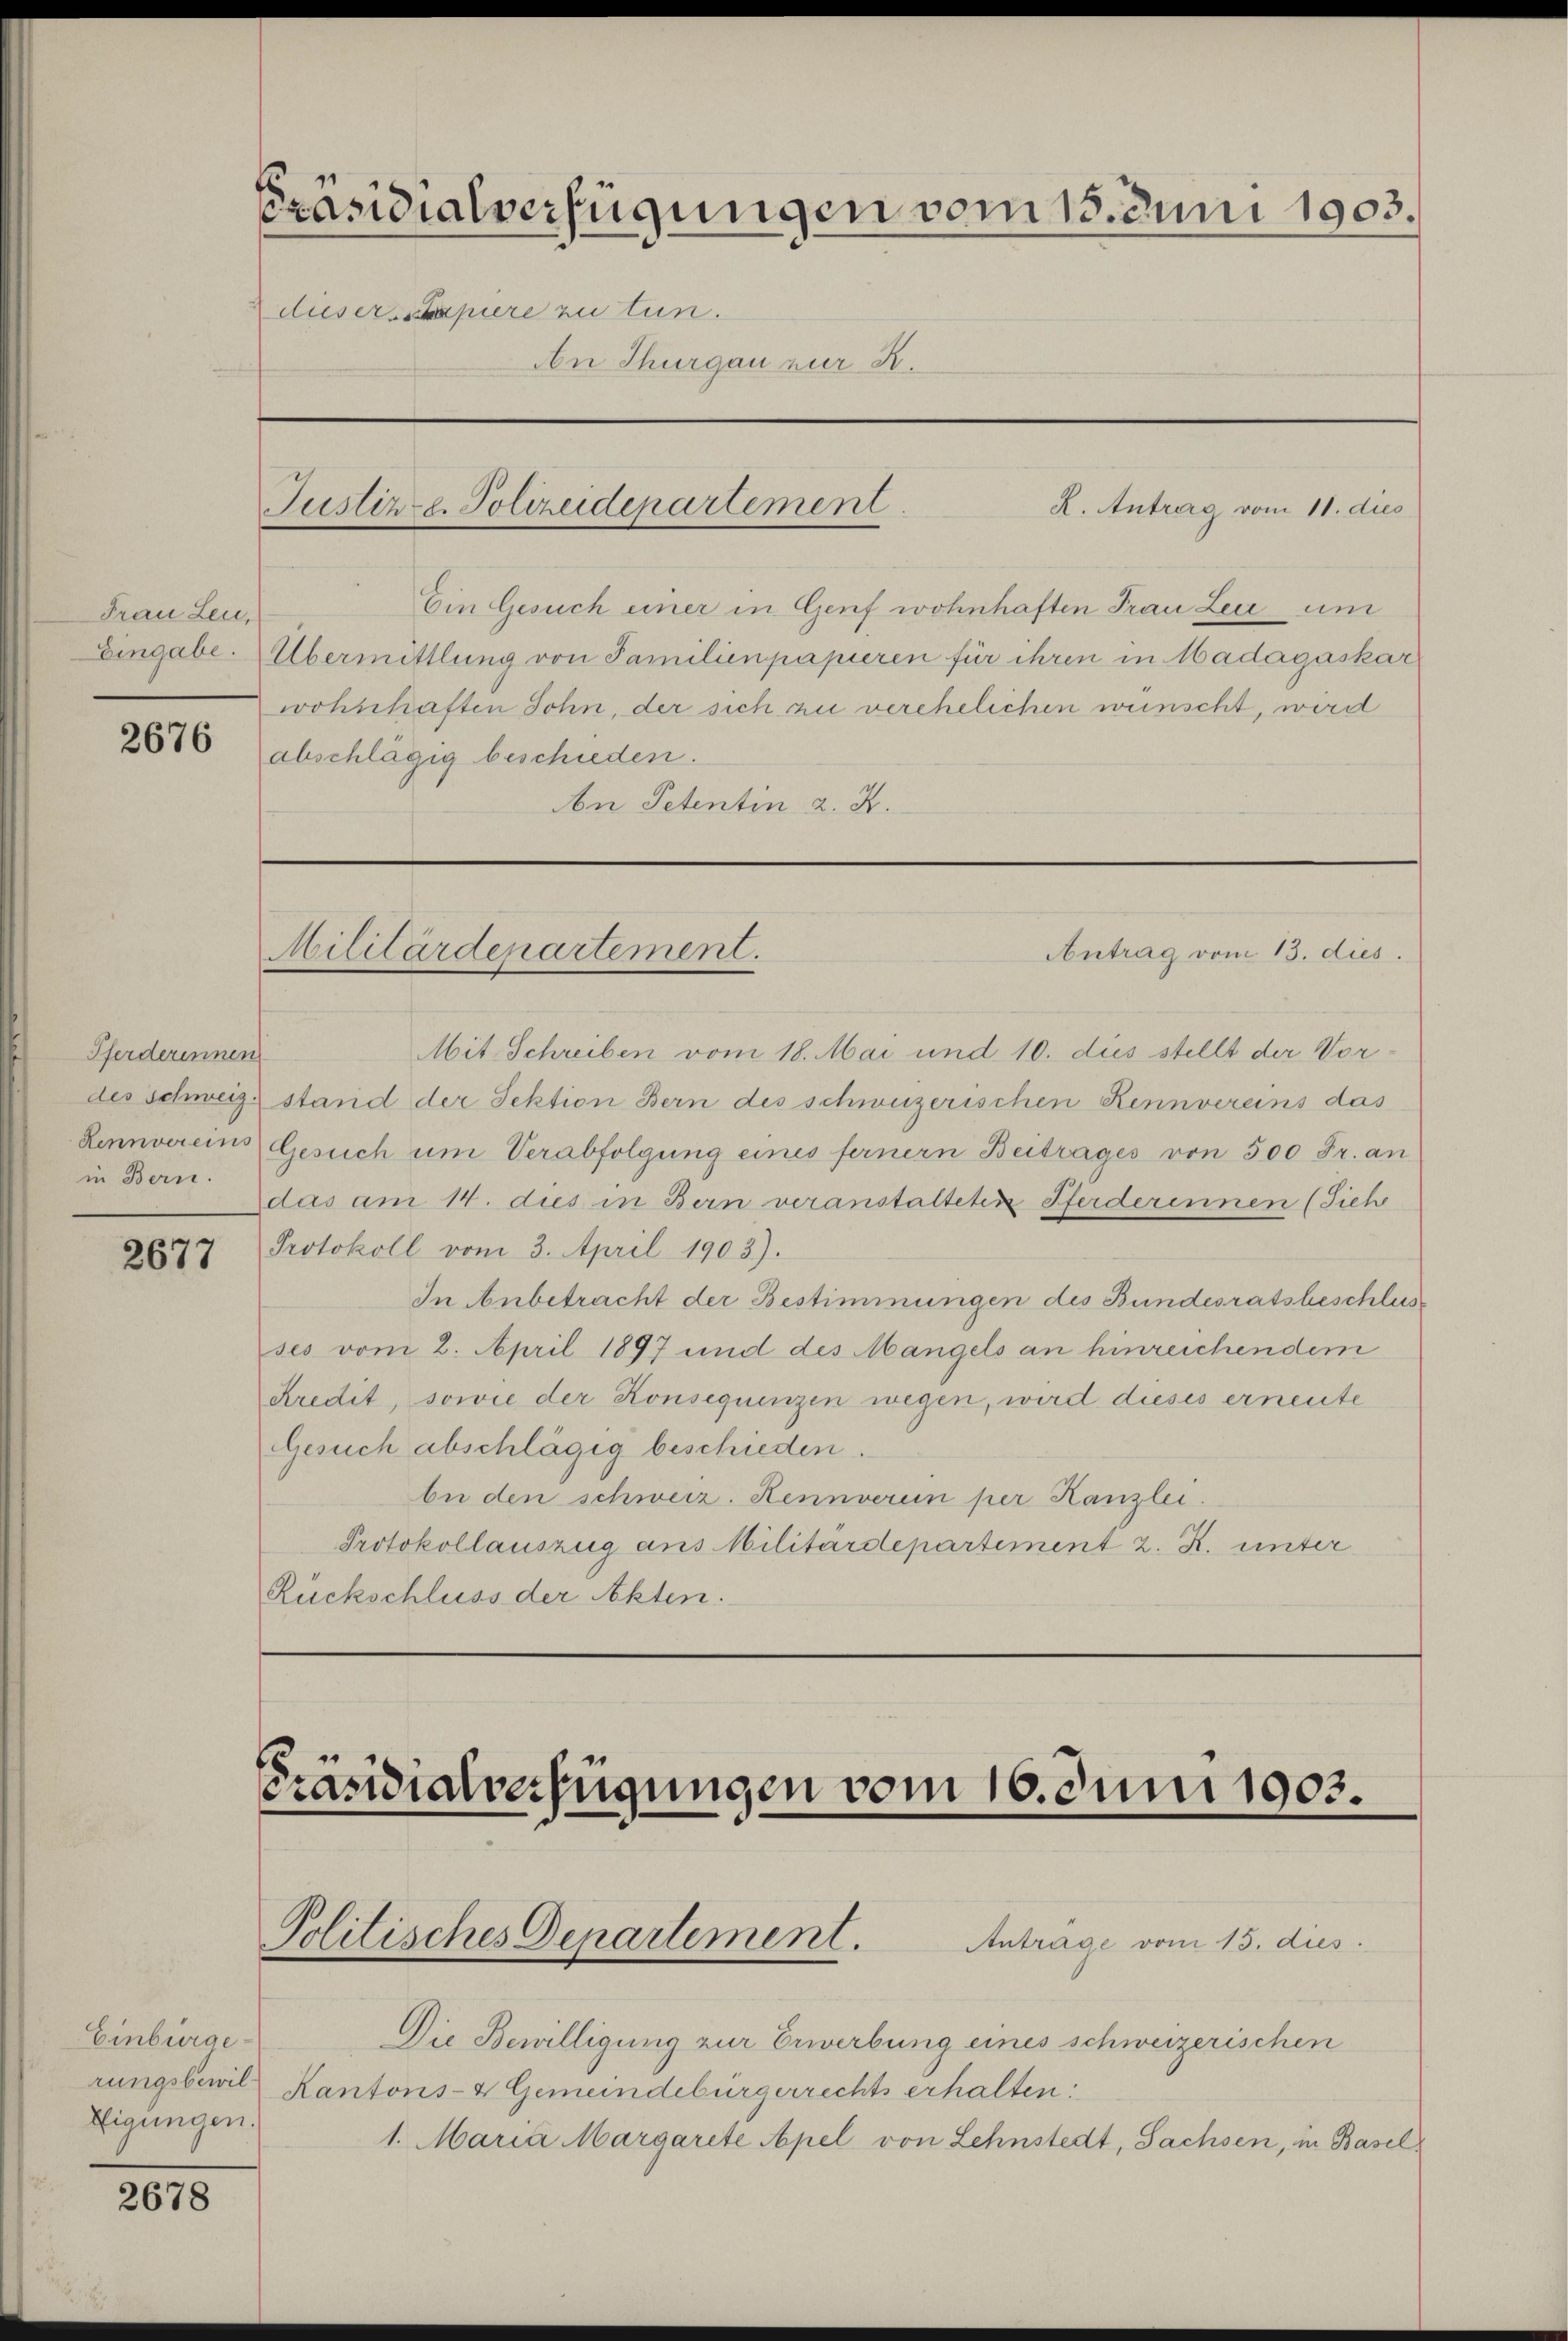
Frau Leu,
Eingabe.

2676

Pferderinnen
in Bern.

2677

Einbürge
rungsbewil
Eigungen.

2678

Präsidialverfügungen vom 15. Juni 1903.
dieserkapiere zu tun.
An Thurgau zur K.

Mit. Schreiben vom 18. Mai und 10. dies stellt der Vor-
des Schweiz stand der Sektion Bern des schweizerischen Kennvereins das
Lennvereins Gesuch um Verabfolgung eines fernern Beitrages von 500 Fr. an
das am 14. dies in Bern veranstalteten Pferderennen (Sieh
Protokoll vom 3. April 1903).
In Anbetracht der Bestimmungen des Bundesratsbeschlusses vom 2. April 1897 und des Mangels an hinreichendem
Kredit, sowie der Konsequenzen wegen, wird dieses erneute
Gesuch abschlägig beschieden.
be den schweiz. Hennverein per Kanzlei.
Protokollauszug aus Militärdepartement z. R. unter
Rückschluss der Akten.

Justiz- u. Polizeidepartement

Ein Gesuch einer in Genf wohnhaften Frau Leu um
Übermittlung von Familienpapieren für ihren in Madagaskar
wohnhaften Sohn, der sich zu verehelichen wünscht, wird
abschlägig beschieden.
An Petentin 2. X.

Militärdepartement.

Präsidialverfügungen vom 10. Juni 1903.

Politisches Departement.

Anträge vom 15. dies
Die Bewilligung zur Erwerbung eines schweizerischen
Kantons- & Gemeindebürgerrechts erhalten:
1. Maria Margarete Apel von Lehnstedt, Sachsen, in Basel

Antrag vom 13. dies.

K. Antrag vom 11. dies